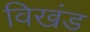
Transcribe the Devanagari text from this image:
विखंड